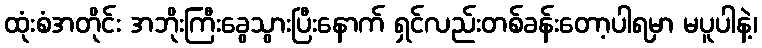
ထုံးစံအတိုင်း အဘိုးကြီးခွေသွားပြီးနောက် ရှင်လည်းတစ်ခန်းတော့ပါရမှာ မပူပါနဲ့၊